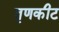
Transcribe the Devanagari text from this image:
तृणकीट